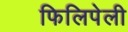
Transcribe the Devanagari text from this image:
फिलिपेली